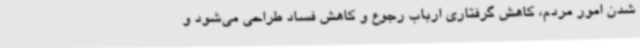
شدن امور مردم، کاهش گرفتاری ارباب رجوع و کاهش فساد طراحی می‌شود و